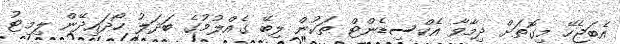
އެބަޖެހޭ މިގޮތަށް ދިމާވާ އެކްސިޑެންޓް ތަކުން ލިބޭ ގެއްލުމުގެ ބަދަލު ހޯދައިދޭން ލިމިޓު